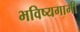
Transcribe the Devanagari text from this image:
भविष्यगामी